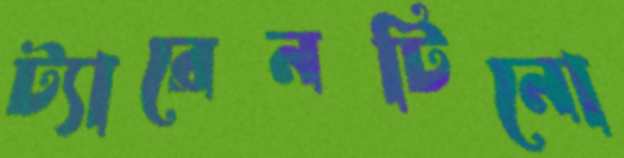
ট্যারেনটিনো